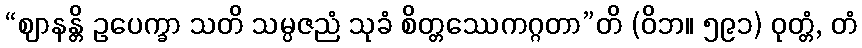
“ဈာနန္တိ ဥပေက္ခာ သတိ သမ္ပဇညံ သုခံ စိတ္တဿေကဂ္ဂတာ”တိ (ဝိဘ။ ၅၉၁) ဝုတ္တံ, တံ